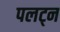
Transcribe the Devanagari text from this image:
पलट्न